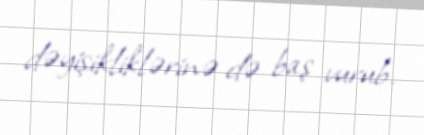
dəyişikliklərinə də baş vurub.